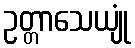
ဥတ္တာသေယျုံ